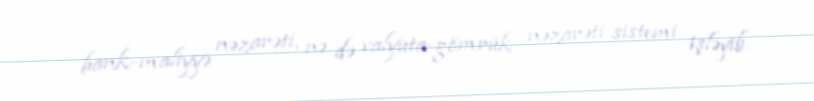
bank-maliyyə nəzarəti, nə də valyuta-gömrük nəzarəti sistemi işləyib.